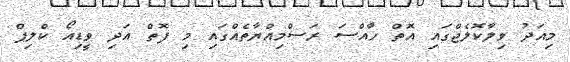
މިއަދު ވިލާކޮލެޖްގައި އޮތް ހާއްސަ ރަސްމިއްޔާތެއްގައި މި ފޮތް އަދި ވީޑިއޯ ކްލިޕް